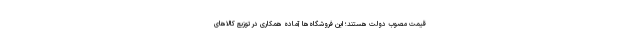
قیمت مصوب دولت هستند؛ این فروشگاه‌ها آماده همکاری در توزیع کالاهای